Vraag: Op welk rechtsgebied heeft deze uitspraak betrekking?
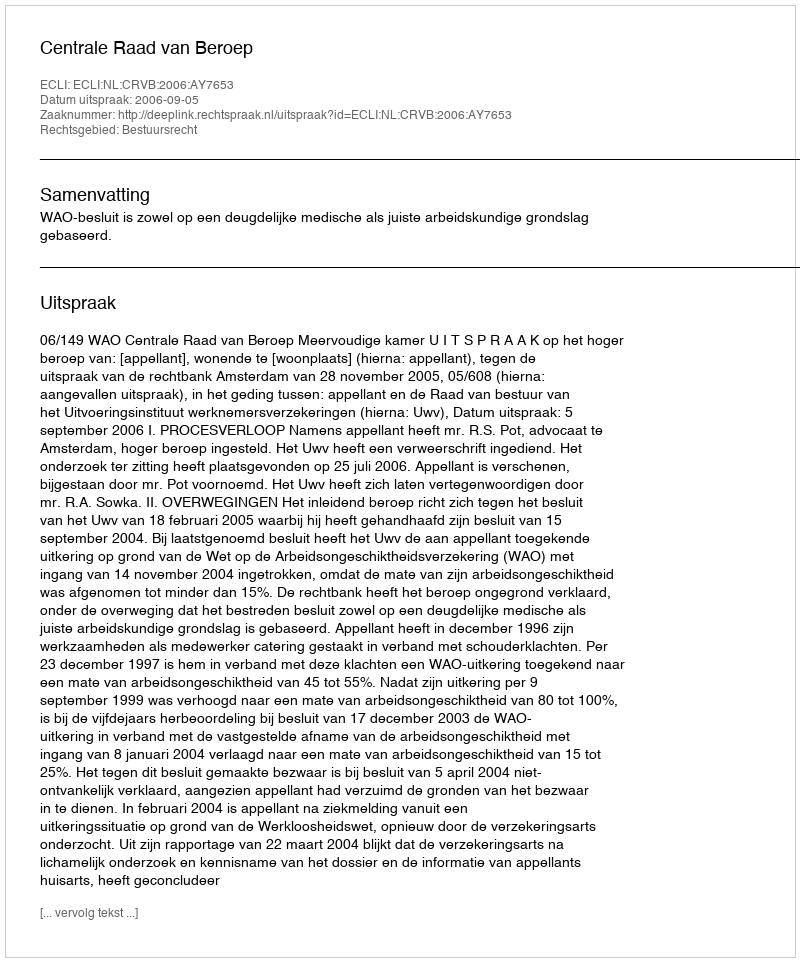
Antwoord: Bestuursrecht